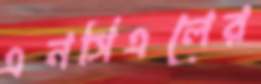
এনসিএলের